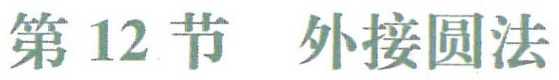
第 12 节  外接圆法